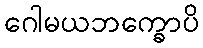
ဂေါမယဘက္ခောပိ